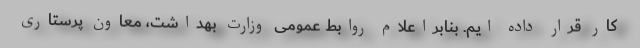
کار قرار داده ایم. بنابراعلام روابط عمومی وزارت بهداشت، معاون پرستاری